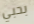
بحبي